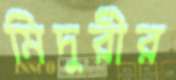
মিদুরীর